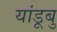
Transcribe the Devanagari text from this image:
यांडूबु